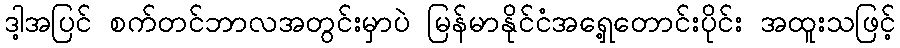
ဒါ့အပြင် စက်တင်ဘာလအတွင်းမှာပဲ မြန်မာနိုင်ငံအရှေ့တောင်းပိုင်း အထူးသဖြင့်